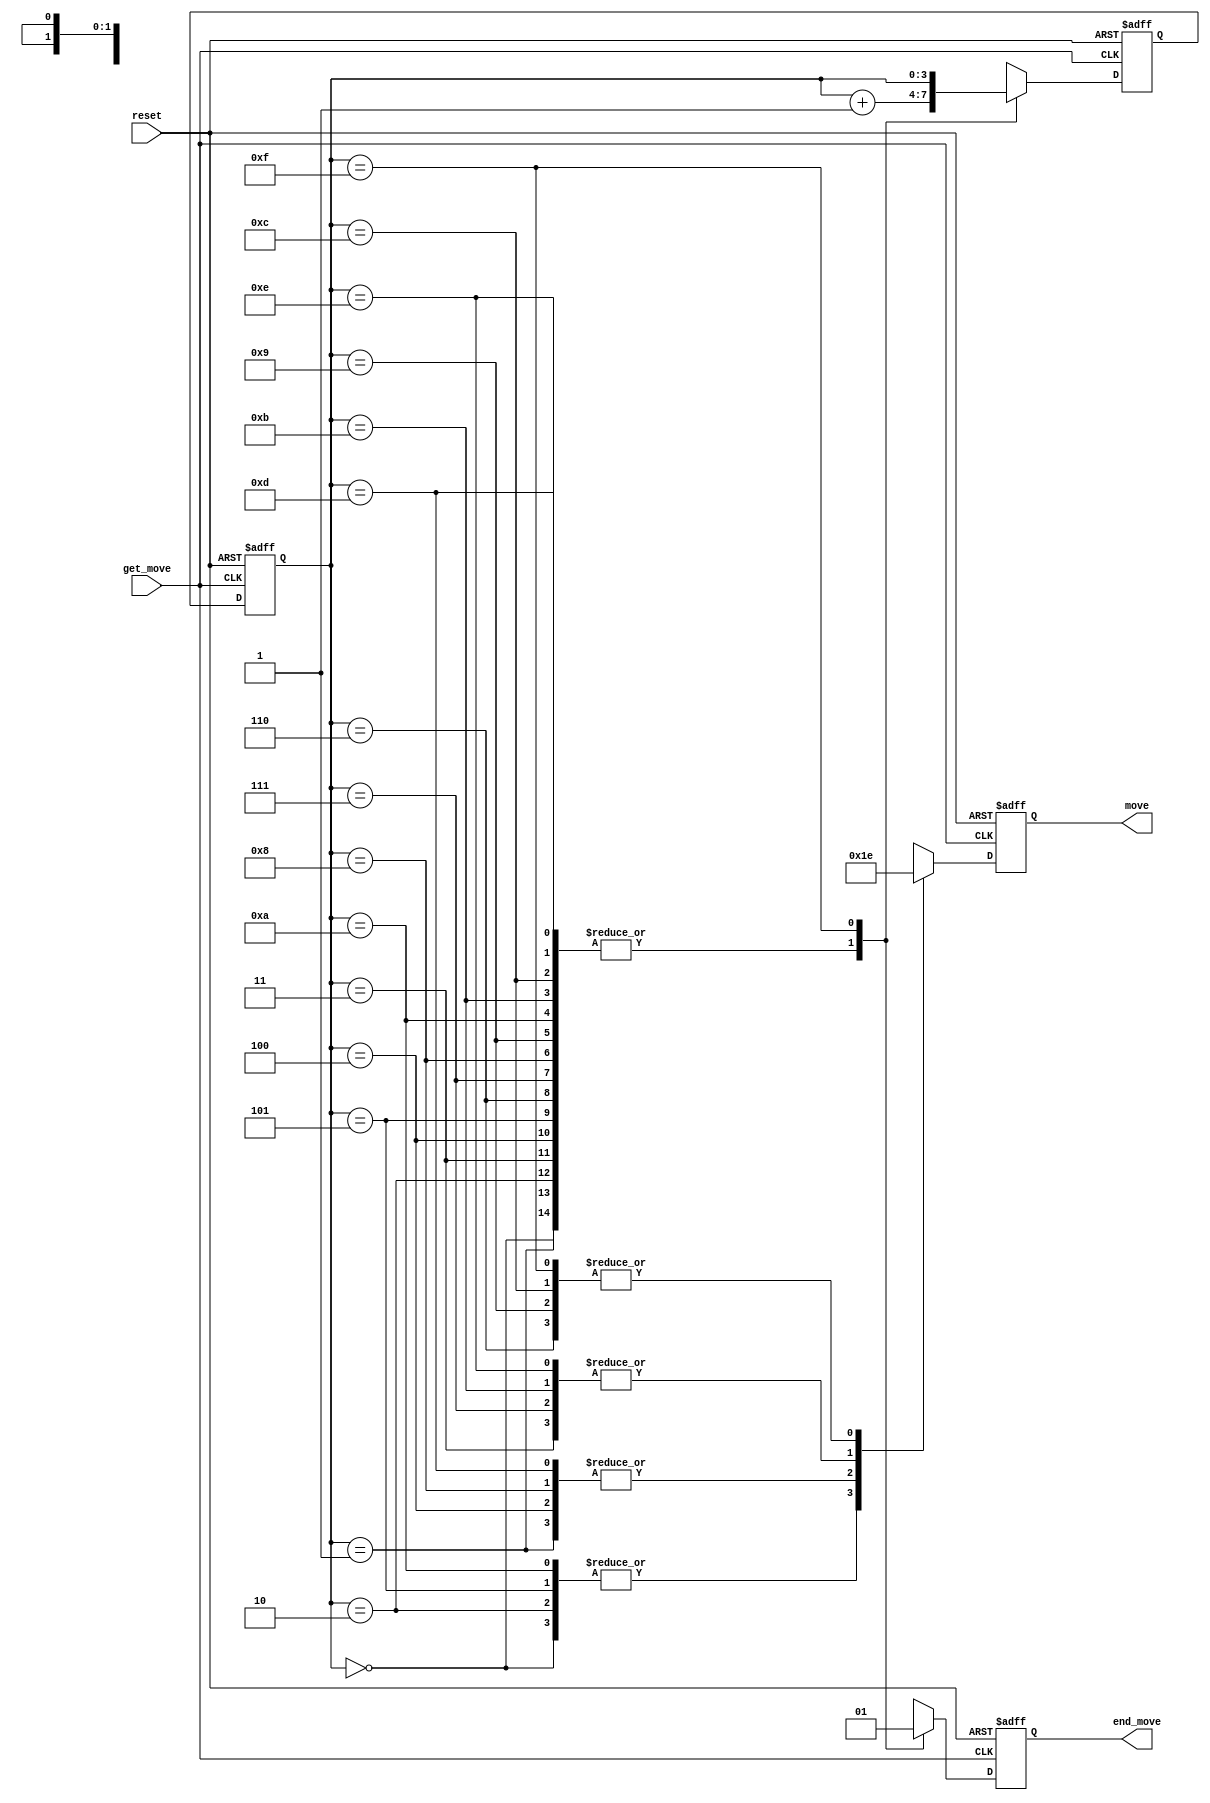
`timescale 1ns / 1ps
//////////////////////////////////////////////////////////////////////////////////
// Company: 
// Engineer: 
// 
// Design Name: 
// Module Name: moveGenerator
// Project Name: 
// Target Devices: 
// Tool Versions: 
// Description: 
// 
// Dependencies: 
// 
// Revision:
// Revision 0.01 - File Created
// Additional Comments:
// 
//////////////////////////////////////////////////////////////////////////////////


module moveGenerator(
        input get_move,
        input reset,
        output [1:0] move,
        output end_move
    );
    
    // Create local parameters for what the direction of the current move is
    localparam [1:0] UP = 2'd0,
        DOWN = 2'd1,
        LEFT = 2'd2,
        RIGHT = 2'd3;
    
    reg [3:0] pattern, next_pattern;      // Stores which step of the pattern 
    reg [1:0] next_move;    // UP/DOWN/LEFT/RIGHT current output
    reg end_move_reg;       // set to high when end of pattern reached, signals no more moves remaining
    
    assign move = next_move;
    assign end_move = end_move_reg;
    
    always @(posedge get_move or posedge reset)
        begin
        if (reset) begin
            pattern <= 0;
            next_pattern <= 0;
            next_move <= 0;
            end_move_reg <= 0;
            end
        else begin
            pattern <= next_pattern;
            case (pattern)
                0 : begin
                    next_move = UP;
                    next_pattern = pattern + 1;
                    end_move_reg = 0;
                    end
                1 : begin
                    next_move = DOWN;
                    next_pattern = pattern + 1;
                    end_move_reg = 0;
                    end
                2 : begin
                    next_move = UP;
                    next_pattern = pattern + 1;
                    end_move_reg = 0;
                    end
                3 : begin
                    next_move = RIGHT;
                    next_pattern = pattern + 1;
                    end_move_reg = 0;
                    end
                4 : begin
                    next_move = DOWN;
                    next_pattern = pattern + 1;
                    end_move_reg = 0;
                    end
                5 : begin
                    next_move = UP;
                    next_pattern = pattern + 1;
                    end_move_reg = 0;
                    end
                6 : begin
                    next_move = LEFT;
                    next_pattern = pattern + 1;
                    end_move_reg = 0;
                    end
                7 : begin
                    next_move = RIGHT;
                    next_pattern = pattern + 1;
                    end_move_reg = 0;
                    end
                8 : begin
                    next_move = DOWN;
                    next_pattern = pattern + 1;
                    end_move_reg = 0;
                    end
                9 : begin
                    next_move = LEFT;
                    next_pattern = pattern + 1;
                    end_move_reg = 0;
                    end
                10 : begin
                    next_move = UP;
                    next_pattern = pattern + 1;
                    end_move_reg = 0;
                    end
                11 : begin
                    next_move = RIGHT;
                    next_pattern = pattern + 1;
                    end_move_reg = 0;
                    end
                12 : begin
                    next_move = LEFT;
                    next_pattern = pattern + 1;
                    end_move_reg = 0;
                    end
                13 : begin
                    next_move = DOWN;
                    next_pattern = pattern + 1;
                    end_move_reg = 0;
                    end
                14 : begin
                    next_move = RIGHT;
                    next_pattern = pattern + 1;
                    end_move_reg = 0;
                    end
                15 : begin
                    next_move = LEFT;
                    next_pattern = pattern;
                    end_move_reg = 1;
                    end
                endcase
            end
        end
endmodule